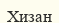
Хизан